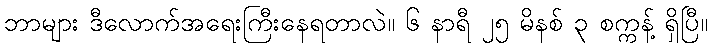
ဘာများ ဒီလောက်အရေးကြီးနေရတာလဲ။ ၆ နာရီ ၂၅ မိနစ် ၃ စက္ကန့် ရှိပြီ။